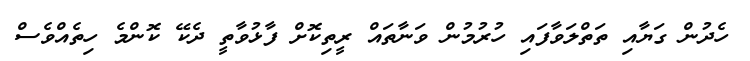
ހެދުން ގަޔާއި ތަތްލަވާފައި ހުރުމުން ވަނާތައް ރީތިކޮށް ފާޅުވާތީ ދެކޭ ކޮންމެ ހިތެއްވެސް